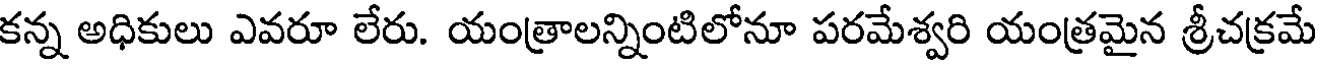
కన్న అధికులు ఎవరూ లేరు. యంత్రాలన్నింటిలోనూ పరమేశ్వరి యంత్రమైన శ్రీచక్రమే